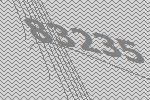
83235